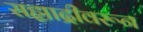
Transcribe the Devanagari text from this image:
सह्याद्रीवरून